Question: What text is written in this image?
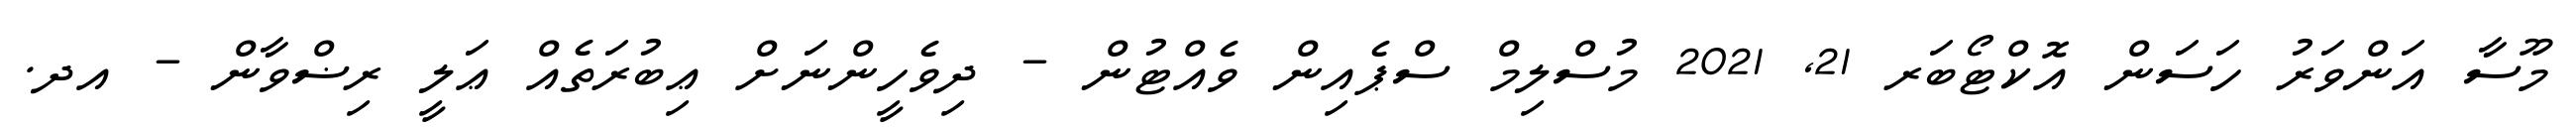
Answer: މޫސާ އަންވަރު ހަސަން އޮކްޓޯބަރ 21, 2021 މުސްލިމް ސްޕެއިން ވެއްޓުން - ދިވެހީންނަށް ޢިބުރަތެއް ޢަލީ ރިޟްވާން - އދ.